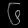
Digit: ၆